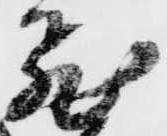
飛